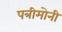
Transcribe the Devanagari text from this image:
पत्रीमोनी